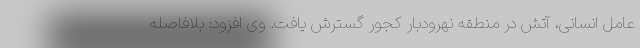
عامل انسانی، آتش در منطقه نهرودبار کجور گسترش یافت. وی افزود: بلافاصله